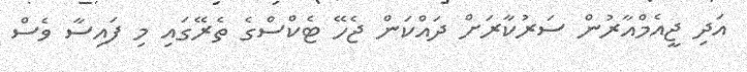
އަދި ޖީއެމްއާރުން ސަރުކާރަށް ދައްކަން ޖެހޭ ޓެކްސްގެ ތެރޭގައި މި ފައިސާ ވެސް